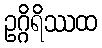
ဥဂ္ဂိရိဿထ